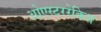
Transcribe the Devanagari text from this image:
ओएस्टररेकिश